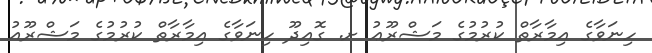
ހިނަވާގެ އިމާރާތް ކުރުމުގެ މަޝްރޫޢު ށ. ގޮއިދޫ ހިނަވާގެ އިމާރާތް ކުރުމުގެ މަޝްރޫއު